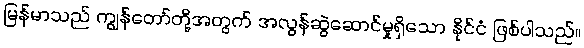
မြန်မာသည် ကျွန်တော်တို့အတွက် အလွန်ဆွဲဆောင်မှုရှိသော နိုင်ငံ ဖြစ်ပါသည်။